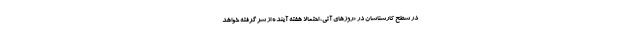
در سطح کارشناسان در «روز‌های آتی، احتمالا هفته آینده از سر گرفته خواهد